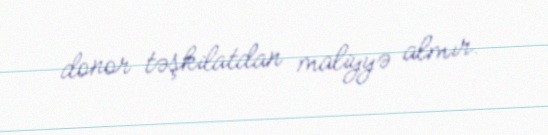
donor təşkilatdan maliyyə almır.